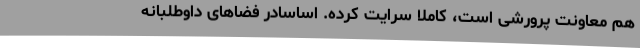
هم معاونت پرورشی است، کاملاً سرایت کرده. اساساًدر فضاهای داوطلبانه